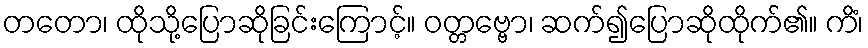
တတော၊ ထိုသို့ပြောဆိုခြင်းကြောင့်။ ဝတ္တဗ္ဗော၊ ဆက်၍ပြောဆိုထိုက်၏။ ကိံ၊